画像に写った文字を読んでください
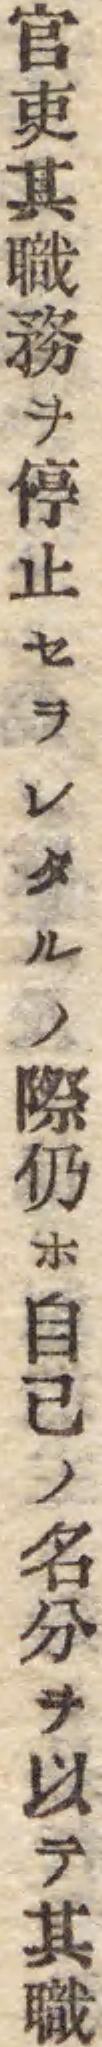
「官吏其職務ヲ停止セラレタルノ際仍ホ自己ノ名分ヲ以テ其職」と書いてあります